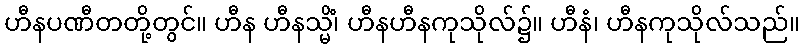
ဟီနပဏီတတို့တွင်။ ဟီန ဟီနသ္မိံ၊ ဟီနဟီနကုသိုလ်၌။ ဟီနံ၊ ဟီနကုသိုလ်သည်။